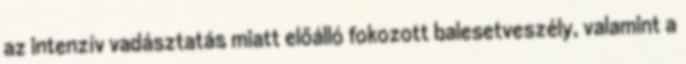
az intenzív vadásztatás miatt előálló fokozott balesetveszély, valamint a